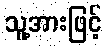
သူ့အားဖြင့်